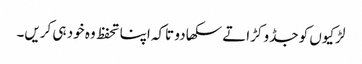
لڑکیوں کو جڈو کڑاتے سکھا دو تاکہ اپنا تحفظ وہ خود ہی کریں۔